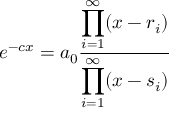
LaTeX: e ^ { - c x } = a _ { 0 } { \frac { \displaystyle \prod _ { i = 1 } ^ { \infty } ( x - r _ { i } ) } { \displaystyle \prod _ { i = 1 } ^ { \infty } ( x - s _ { i } ) } }